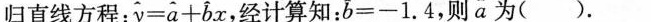
归直线方程： $$\widehat{y}= \widehat{a}+ \widehat{b}$$ ，经计算知： $$\overline{b}=-1.4$$ 则 $$\widehat{a}$$ 为( )。